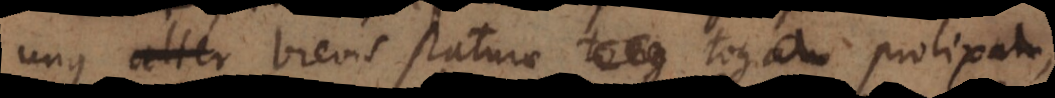
unus brevis staturae toga prolix